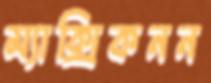
ম্যাক্সিকনন